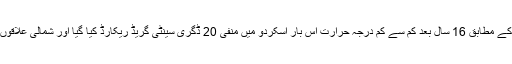
محکمہ موسمیات کی جانب سے فراہم کردہ اعداد و شمار کے مطابق 16 سال بعد کم سے کم درجہ حرارت اس بار اسکردو میں منفی 20 ڈگری سینٹی گریڈ ریکارڈ کیا گیا اور شمالی علاقوں میں درجہ حرارت اس وقت بھی نقطہ انجماد سے کم ہے۔